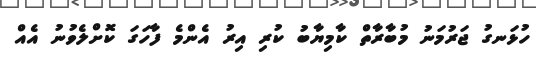
ހުޅަނގު ޖަރުމަނު މުބާރާތް ކާމިޔާބު ކުރި އިރު އެންމެ ފާހަގަ ކޮށްލެވުނު އެއް